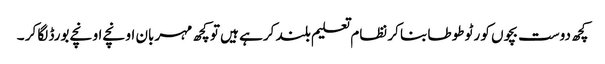
کچھ دوست بچوں کو رٹو طوطا بنا کر نظام تعلیم بلند کرہے ہیں تو کچھ مہربان اونچے اونچے بورڈ لگا کر ۔